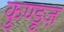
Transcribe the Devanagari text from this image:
कुण्डूज़